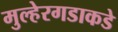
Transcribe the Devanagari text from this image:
मुल्हेरगडाकडे